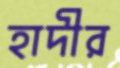
হাদীর